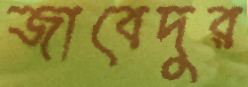
জাবেদুর